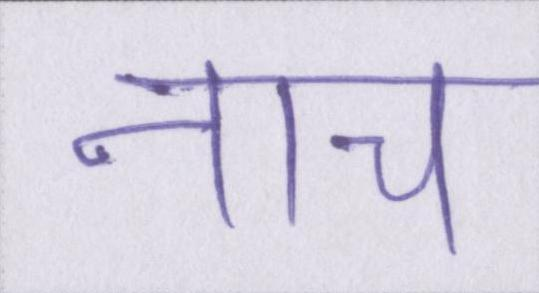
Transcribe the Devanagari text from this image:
नाच